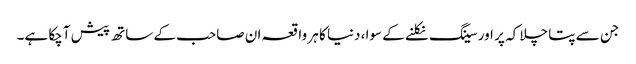
جن سے پتا چلا کہ پر اور سینگ نکلنے کے سوا، دنیا کا ہر واقعہ ان صاحب کے ساتھ پیش آچکا ہے۔